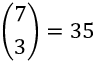
{ \binom { 7 } { 3 } } = 3 5